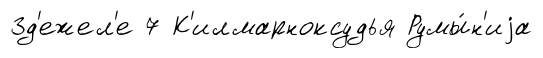
Зд'ежел'е 7 К'илмарноксудья Румы́н'иjа